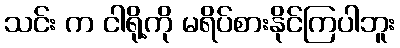
သင်း က ငါရို့ကို မရိပ်စားနိုင်ကြပါဘူး